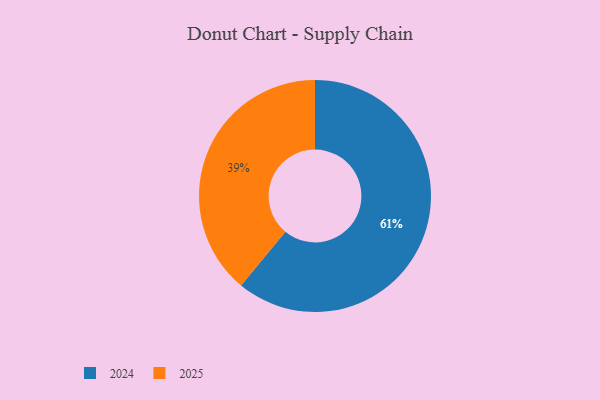
{"axis": {"x": "Category", "y": "Percentage"}, "legend": ["2024", "2025"], "data": [{"x": "2025", "y": 39, "type": "2025"}, {"x": "2024", "y": 61, "type": "2024"}]}